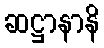
ဆဋ္ဌာနာနိ